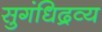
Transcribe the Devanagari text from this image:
सुगंधिद्रव्य